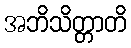
အဘိသိတ္တာတိ